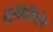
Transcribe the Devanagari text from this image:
मुनिविशेष